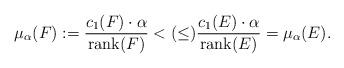
LaTeX: \begin{align*}\mu_{\alpha}(F) := \frac{c_1(F) \cdot \alpha}{\mathrm{rank}(F)} < (\leq) \frac{c_1(E) \cdot \alpha}{\mathrm{rank}(E)} = \mu_{\alpha}(E).\end{align*}